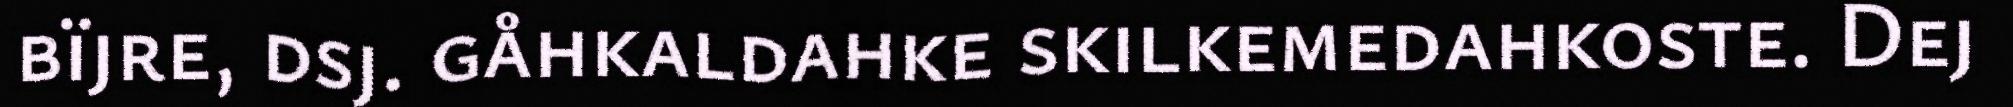
bïjre, dsj. gåhkaldahke skilkemedahkoste. Dej